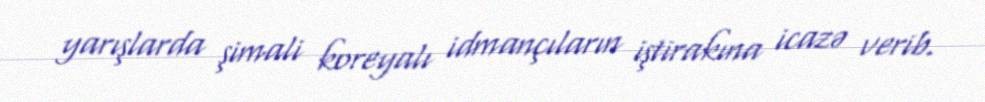
yarışlarda şimali koreyalı idmançıların iştirakına icazə verib.